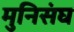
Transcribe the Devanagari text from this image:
मुनिसंघ